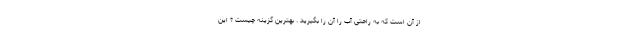
از آن است که به راحتی آب را آن را بگیرید . بهترین گزینه چیست ؟ این